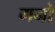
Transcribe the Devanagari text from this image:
गनो